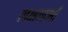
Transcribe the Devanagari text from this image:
लक्षणऑं